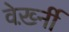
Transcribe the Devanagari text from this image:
वेर्ख़्नी